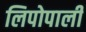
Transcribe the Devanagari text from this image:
लिपोपाली